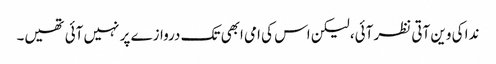
ندا کی وین آتی نظر آئی، لیکن اس کی امی ابھی تک دروازے پر نہیں آئی تھیں۔